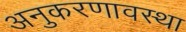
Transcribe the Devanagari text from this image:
अनुकरणावस्था